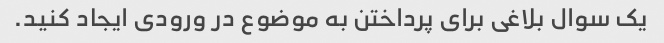
یک سوال بلاغی برای پرداختن به موضوع در ورودی ایجاد کنید.